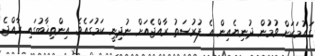
ގައުމަކަށް ވުމުން ދުނިޔެއިން އެ ފުރުސަތު ރާއްޖެއަށް ނުދިނީ ކަމުގައެވެ. އިންތިޚާބުގައި ރާއްޖެ